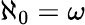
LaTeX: \aleph_{0}=\omega